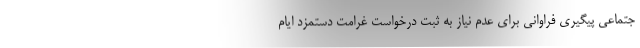
جتماعی پیگیری فراوانی برای عدم نیاز به ثبت درخواست غرامت دستمزد ایام